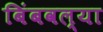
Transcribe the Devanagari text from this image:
बिंबवल्या